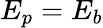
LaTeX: E_{p}=E_{b}